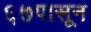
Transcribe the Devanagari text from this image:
६७पासून